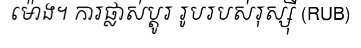
ម៉ោង។ ការផ្លាស់ប្តូរ រូបរបស់រុស្ស៊ី (RUB)